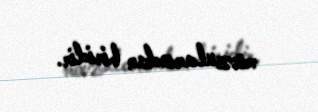
mövzularından biridir.